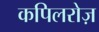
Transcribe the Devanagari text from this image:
कपिलरोज़